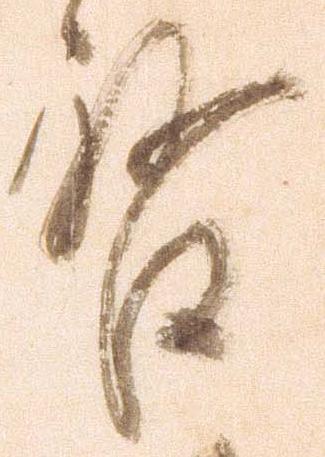
啓